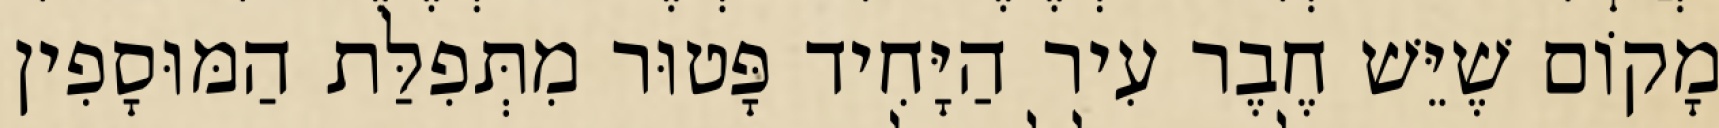
מָקוֹם שֶׁיֵּשׁ חֶבֶר עִיר הַיָּחִיד פָּטוּר מִתְּפִלַּת הַמּוּסָפִין